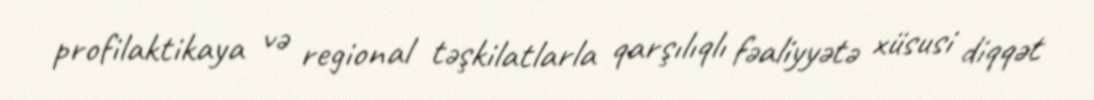
profilaktikaya və regional təşkilatlarla qarşılıqlı fəaliyyətə xüsusi diqqət